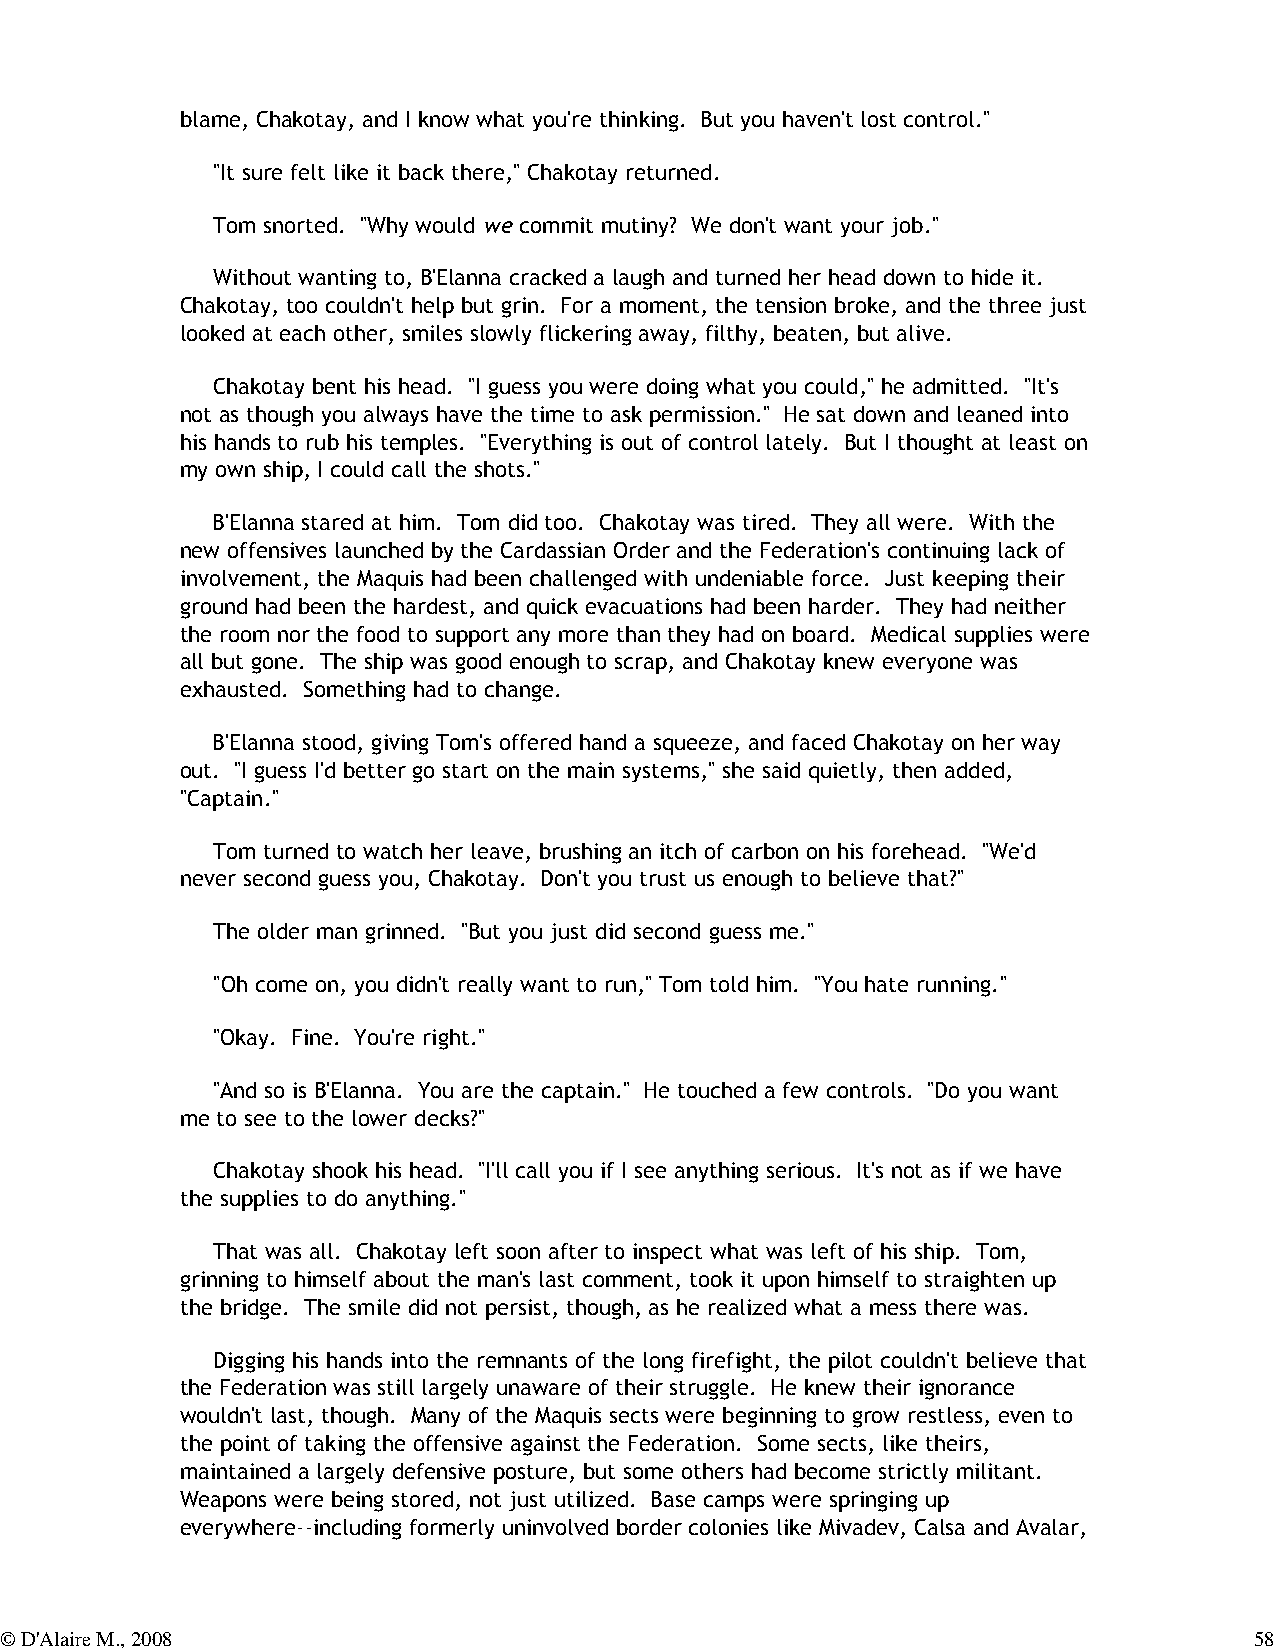
blame, Chakotay, and I know what you're thinking. But you haven't lost control."
 "It sure felt like it back there," Chakotay returned.
 Tom snorted. "Why would we commit mutiny? We don't want your job."
 Without wanting to, B'Elanna cracked a laugh and turned her head down to hide it.
 Chakotay, too couldn't help but grin. For a moment, the tension broke, and the three just
 looked at each other, smiles slowly flickering away, filthy, beaten, but alive.
 Chakotay bent his head. "I guess you were doing what you could," he admitted. "It's
 not as though you always have the time to ask permission." He sat down and leaned into
 his hands to rub his temples. "Everything is out of control lately. But I thought at least on
 my own ship, I could call the shots."
 B'Elanna stared at him. Tom did too. Chakotay was tired. They all were. With the
 new offensives launched by the Cardassian Order and the Federation's continuing lack of
 involvement, the Maquis had been challenged with undeniable force. Just keeping their
 ground had been the hardest, and quick evacuations had been harder. They had neither
 the room nor the food to support any more than they had on board. Medical supplies were
 all but gone. The ship was good enough to scrap, and Chakotay knew everyone was
 exhausted. Something had to change.
 B'Elanna stood, giving Tom's offered hand a squeeze, and faced Chakotay on her way
 out. "I guess I'd better go start on the main systems," she said quietly, then added,
 "Captain."
 Tom turned to watch her leave, brushing an itch of carbon on his forehead. "We'd
 never second guess you, Chakotay. Don't you trust us enough to believe that?"
 The older man grinned. "But you just did second guess me."
 "Oh come on, you didn't really want to run," Tom told him. "You hate running."
 "Okay. Fine. You're right."
 "And so is B'Elanna. You are the captain." He touched a few controls. "Do you want
 me to see to the lower decks?"
 Chakotay shook his head. "I'll call you if I see anything serious. It's not as if we have
 the supplies to do anything."
 That was all. Chakotay left soon after to inspect what was left of his ship. Tom,
 grinning to himself about the man's last comment, took it upon himself to straighten up
 the bridge. The smile did not persist, though, as he realized what a mess there was.
 Digging his hands into the remnants of the long firefight, the pilot couldn't believe that
 the Federation was still largely unaware of their struggle. He knew their ignorance
 wouldn't last, though. Many of the Maquis sects were beginning to grow restless, even to
 the point of taking the offensive against the Federation. Some sects, like theirs,
 maintained a largely defensive posture, but some others had become strictly militant.
 Weapons were being stored, not just utilized. Base camps were springing up
 everywhere--including formerly uninvolved border colonies like Mivadev, Calsa and Avalar,
 © D'Alaire M., 2008                                                                58